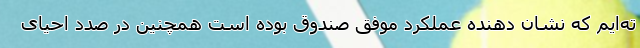
ته‌ایم که نشان دهنده عملکرد موفق صندوق بوده است همچنین در صدد احیای